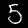
Digit: 5